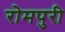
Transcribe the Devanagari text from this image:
रोमपुरी